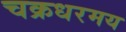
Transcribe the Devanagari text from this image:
चक्रधरमय